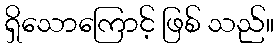
ရှိသောကြောင့် ဖြစ် သည်။